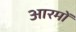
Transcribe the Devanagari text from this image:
आरमों